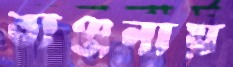
ব্যঞ্জনায়